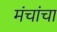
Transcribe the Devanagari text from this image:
मंचांचा